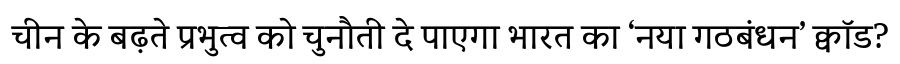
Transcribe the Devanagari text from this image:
चीन के बढ़ते प्रभुत्व को चुनौती दे पाएगा भारत का ‘नया गठबंधन’ क्वॉड?